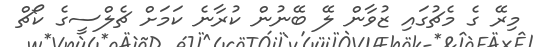
މިރޭ ގެ މެޗުގައި ޒުވާން ލޭ ބޭނުން ކުރާނެ ކަމަށް ޗެލްސީގެ ކޯޗް